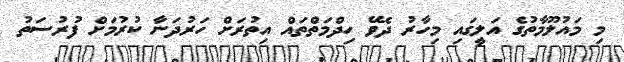
މި މައުލޫމާތުގެ އަލީގައި މިހާރު ދެވޭ ހިދްމަތްތައް އިތުރަށް ހަރުދަނާ ކުރުމަށް ފުރުސަތު